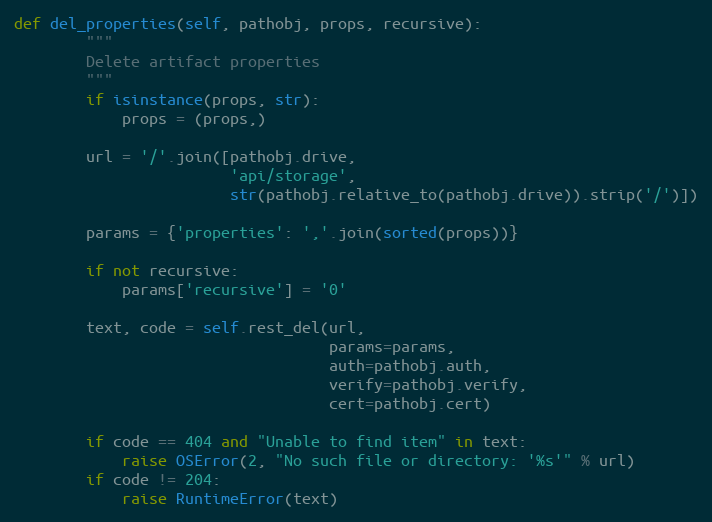
Language: Python
def del_properties(self, pathobj, props, recursive):
        """
        Delete artifact properties
        """
        if isinstance(props, str):
            props = (props,)

        url = '/'.join([pathobj.drive,
                        'api/storage',
                        str(pathobj.relative_to(pathobj.drive)).strip('/')])

        params = {'properties': ','.join(sorted(props))}

        if not recursive:
            params['recursive'] = '0'

        text, code = self.rest_del(url,
                                   params=params,
                                   auth=pathobj.auth,
                                   verify=pathobj.verify,
                                   cert=pathobj.cert)

        if code == 404 and "Unable to find item" in text:
            raise OSError(2, "No such file or directory: '%s'" % url)
        if code != 204:
            raise RuntimeError(text)